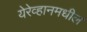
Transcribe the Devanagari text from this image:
येरेव्हानमधील